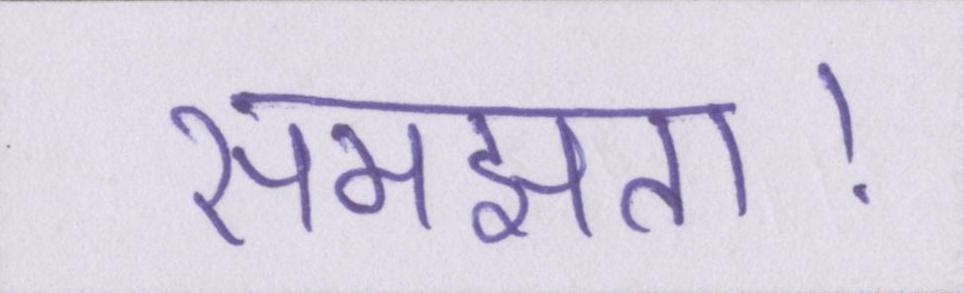
समझता।